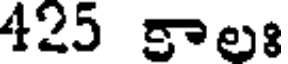
425 కాలః